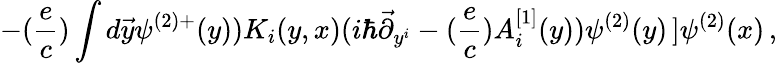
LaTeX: -({\frac{e}{c}})\int d\vec{y}\psi^{(2)+}(y))K_{i}(y,x)(i\hbar\vec{\partial}_{y^{i}}-({\frac{e}{c}})A_{i}^{[1]}(y))\psi^{(2)}(y)\left.\right]\psi^{(2)}(x)\, ,